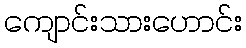
ကျောင်းသားဟောင်း